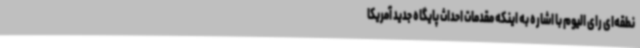
نطقه‌ای رای الیوم با اشاره به اینکه مقدمات احداث پایگاه جدید آمریکا